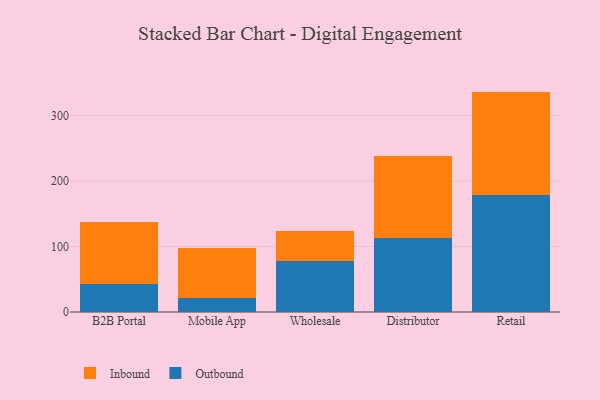
{"axis": {"x": "Channel", "y": "LTV (USD)"}, "legend": ["Inbound", "Outbound"], "data": [{"x": "B2B Portal", "y": 42.5, "type": "Outbound"}, {"x": "B2B Portal", "y": 95.4, "type": "Inbound"}, {"x": "Mobile App", "y": 20.8, "type": "Outbound"}, {"x": "Mobile App", "y": 77.0, "type": "Inbound"}, {"x": "Wholesale", "y": 78.0, "type": "Outbound"}, {"x": "Wholesale", "y": 46.1, "type": "Inbound"}, {"x": "Distributor", "y": 112.9, "type": "Outbound"}, {"x": "Distributor", "y": 125.9, "type": "Inbound"}, {"x": "Retail", "y": 179.1, "type": "Outbound"}, {"x": "Retail", "y": 157.3, "type": "Inbound"}]}